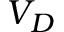
V _ { D }